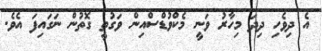
އެ ދިވެހި ދިދަ މިހާރު ވަނީ މެކްވުޑްސްއިން ވަގުތީ ގޮތުން ނަގައިފަ އެވެ.